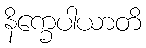
နိက္ခေပါယာတိ